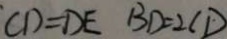
C D = D E B D = 2 C D